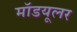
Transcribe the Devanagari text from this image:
मॉडयूलर